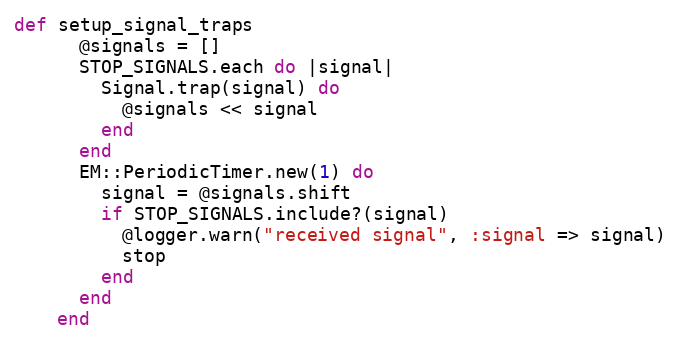
Language: Ruby
def setup_signal_traps
      @signals = []
      STOP_SIGNALS.each do |signal|
        Signal.trap(signal) do
          @signals << signal
        end
      end
      EM::PeriodicTimer.new(1) do
        signal = @signals.shift
        if STOP_SIGNALS.include?(signal)
          @logger.warn("received signal", :signal => signal)
          stop
        end
      end
    end